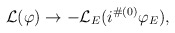
\begin{align*}{\cal L}(\varphi)\to -{\cal L}_E(i^{\#(0)}\varphi_E),\end{align*}